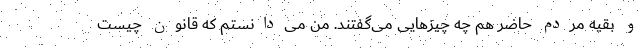
و بقیه مردم حاضر هم چه چیزهایی می‌گفتند. من می‌دانستم که قانون چیست